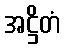
အဋ္ဌိတံ